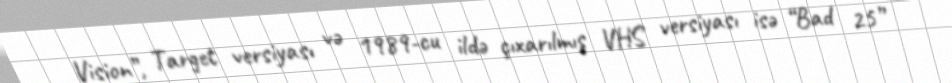
Vision”, Target versiyası və 1989-cu ildə çıxarılmış VHS versiyası isə “Bad 25”